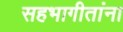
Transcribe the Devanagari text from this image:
सहभागीतांना